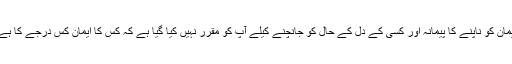
ایمان کو ناپنے کا پیمانہ اور کسی کے دل کے حال کو جانچنے کیلے آپ کو مقرر نہیں کیا گیا ہے کہ کس کا ایمان کس درجے کا ہے۔